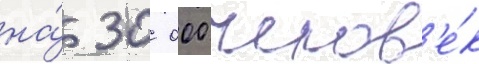
на́ 30 000 челов'е́к